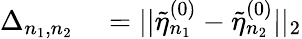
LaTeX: \begin{array}{rl}{\Delta_{n_{1},n_{2}}}&{{}=||\tilde{\eta}_{n_{1}}^{(0)}-\tilde{\eta}_{n_{2}}^{(0)}||_{2}}\end{array}